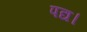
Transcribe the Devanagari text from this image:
पद्य।